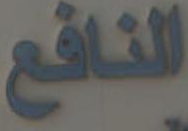
النافع